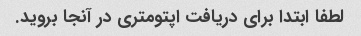
لطفا ابتدا برای دریافت اپتومتری در آنجا بروید.